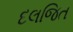
દલજિત